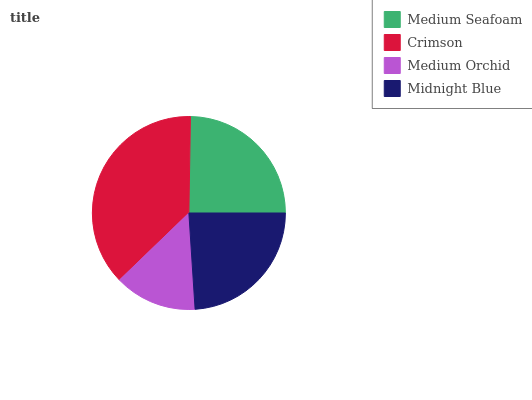
| Medium Seafoam | Crimson | Medium Orchid | Midnight Blue |
 | --- | --- | --- | --- |
 | 24.7% | 37.4% | 13.8% | 24.1% |